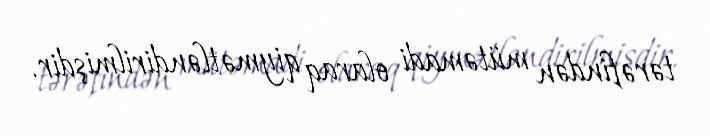
tərəfindən mütəmadi olaraq qiymətləndirilmişdir.